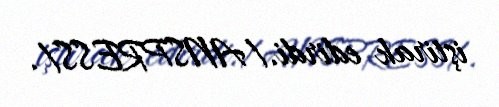
iştirak edirdi./ANSPRESS/.